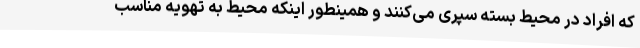
که افراد در محیط بسته سپری می‌کنند و همینطور اینکه محیط به تهویه مناسب